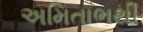
અમિતાભથી